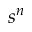
s ^ { n }